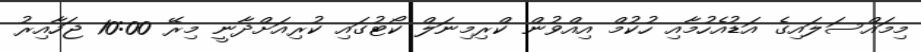
މިމައްސަލައިގެ އަޑުއެހުމާއި ހުކުމް އިއްވުން ކްރިމިނަލް ކޯޓުގައި ކުރިއަށްދާނީ މިރޭ 10:00 ޖަހާއިރު